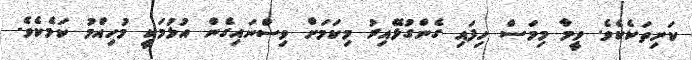
ކަށިތަކެކެވެ. ވީމާ މިމަސް ހިފައި ގެންގުޅޭއިރު މިކަމަށް ވިސްނައިގެން އުޅުމަކީ މުހިއްމު ކަމެކެވެ.